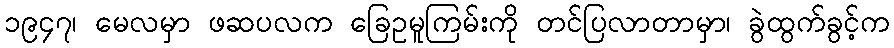
၁၉၄၇၊ မေလမှာ ဖဆပလက ခြေဥမူကြမ်းကို တင်ပြလာတာမှာ၊ ခွဲထွက်ခွင့်က